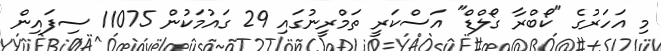
މި އަހަރުގެ "ކޯބްރާ ގޯލްޑް" އަސްކަރީ ތަމްރީނުގައި 29 ގައުމަކުން 11075 ސިފައިން